Vaccination in Bombay 1856-1862 - 1856-1862
Year: 1856
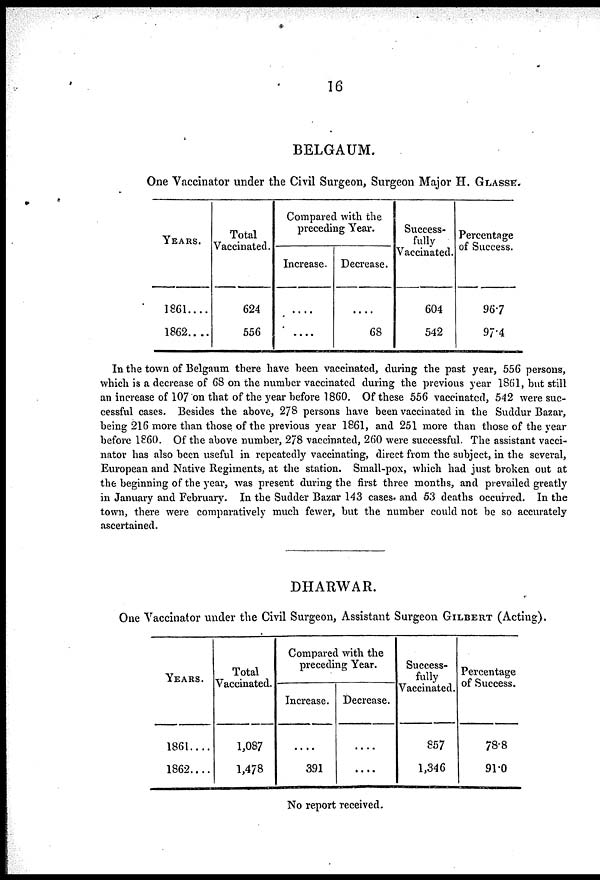
16
BELGAUM.
One Vaccinator under the Civil Surgeon, Surgeon Major H. GLASSE.
YEARS.
1861....
1862....
Total
Vaccinated.
624
556
Compared with the
preceding Year.
Increase.
....
....
Decrease.
....
68
Success-
fully
Vaccinated.
604
542
Percentage
of Success.
96.7
97.4
In the town of Belgaum there have been vaccinated, during the past year, 556 persons,
which is a decrease of 68 on the number vaccinated during the previous year 1861, but still
an increase of 107 on that of the year before 1860. Of these 556 vaccinated, 542 were suc-
cessful cases. Besides the above, 278 persons have been vaccinated in the Suddur Bazar,
being 216 more than those of the previous year 1861, and 251 more than those of the year
before 1860. Of the above number, 278 vaccinated, 260 were successful. The assistant vacci-
nator has also been useful in repeatedly vaccinating, direct from the subject, in the several,
European and Native Regiments, at the station. Small-pox, which had just broken out at
the beginning of the year, was present during the first three months, and prevailed greatly
in January and February. In the Sudder Bazar 143 cases and 53 deaths occurred. In the
town, there were comparatively much fewer, but the number could not be so accurately
ascertained.
DHARWAR.
One Vaccinator under the Civil Surgeon, Assistant Surgeon GILBERT (Acting).
YEARS.
1861....
1862....
Total
Vaccinated.
1,087
1,478
Compared with the
preceding Year.
Increase.
....
391
Decrease.
....
....
Success-
fully
Vaccinated.
857
1,346
Percentage
of Success.
78.8
91.0
No report received.